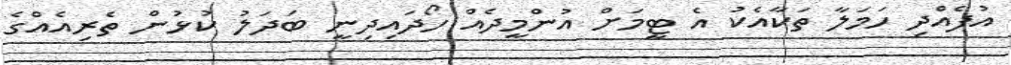
އުފެއްދި ހަމަލާ ތަކާއެކު އެ ޓީމަށް އުންމީދެއް ހޯދައިދިނީ ބަދަލު ކުޅުން ތެރިއެއްގެ